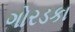
ગોરડકા